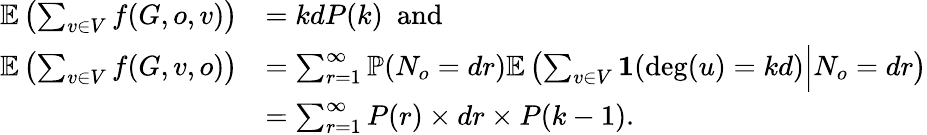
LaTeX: \begin{array}{rl}{\mathbb{E}\left(\sum_{v\in V}f(G,o,v)\right)}&{=kdP(k)\, \, \, \mathrm{and}}\\ {\mathbb{E}\left(\sum_{v\in V}f(G,v,o)\right)}&{=\sum_{r=1}^{\infty}\mathbb{P}(N_{o}=dr)\mathbb{E}\left(\sum_{v\in V}\mathbf{1}(\deg(u)=kd)\Big|N_{o}=dr\right)}\\ &{=\sum_{r=1}^{\infty}P(r)\times dr\times P(k-1).}\end{array}